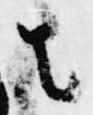
者